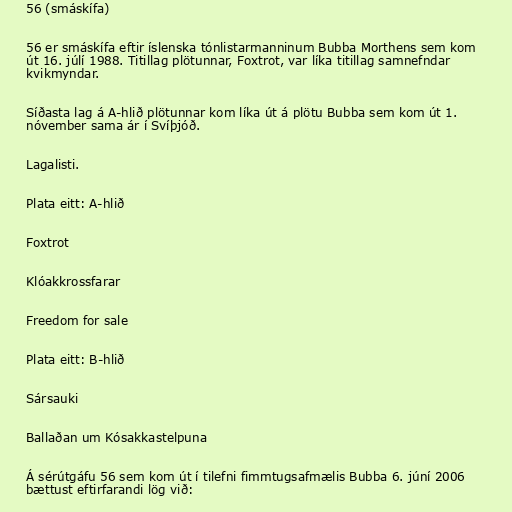
56 (smáskífa)

56 er smáskífa eftir íslenska tónlistarmanninum Bubba Morthens sem kom
út 16. júlí 1988. Titillag plötunnar, Foxtrot, var líka titillag samnefndar
kvikmyndar.

Síðasta lag á A-hlið plötunnar kom líka út á plötu Bubba sem kom út 1.
nóvember sama ár í Svíþjóð.

Lagalisti.

Plata eitt: A-hlið

Foxtrot

Klóakkrossfarar

Freedom for sale

Plata eitt: B-hlið

Sársauki

Ballaðan um Kósakkastelpuna

Á sérútgáfu 56 sem kom út í tilefni fimmtugsafmælis Bubba 6. júní 2006
bættust eftirfarandi lög við: